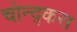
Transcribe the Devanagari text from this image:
चोन्द्कस